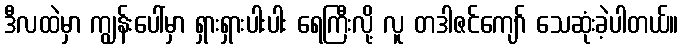
ဒီလထဲမှာ ကျွန်းပေါ်မှာ ရှားရှားပါးပါး ရေကြီးလို့ လူ တဒါဇင်ကျော် သေဆုံးခဲ့ပါတယ်။